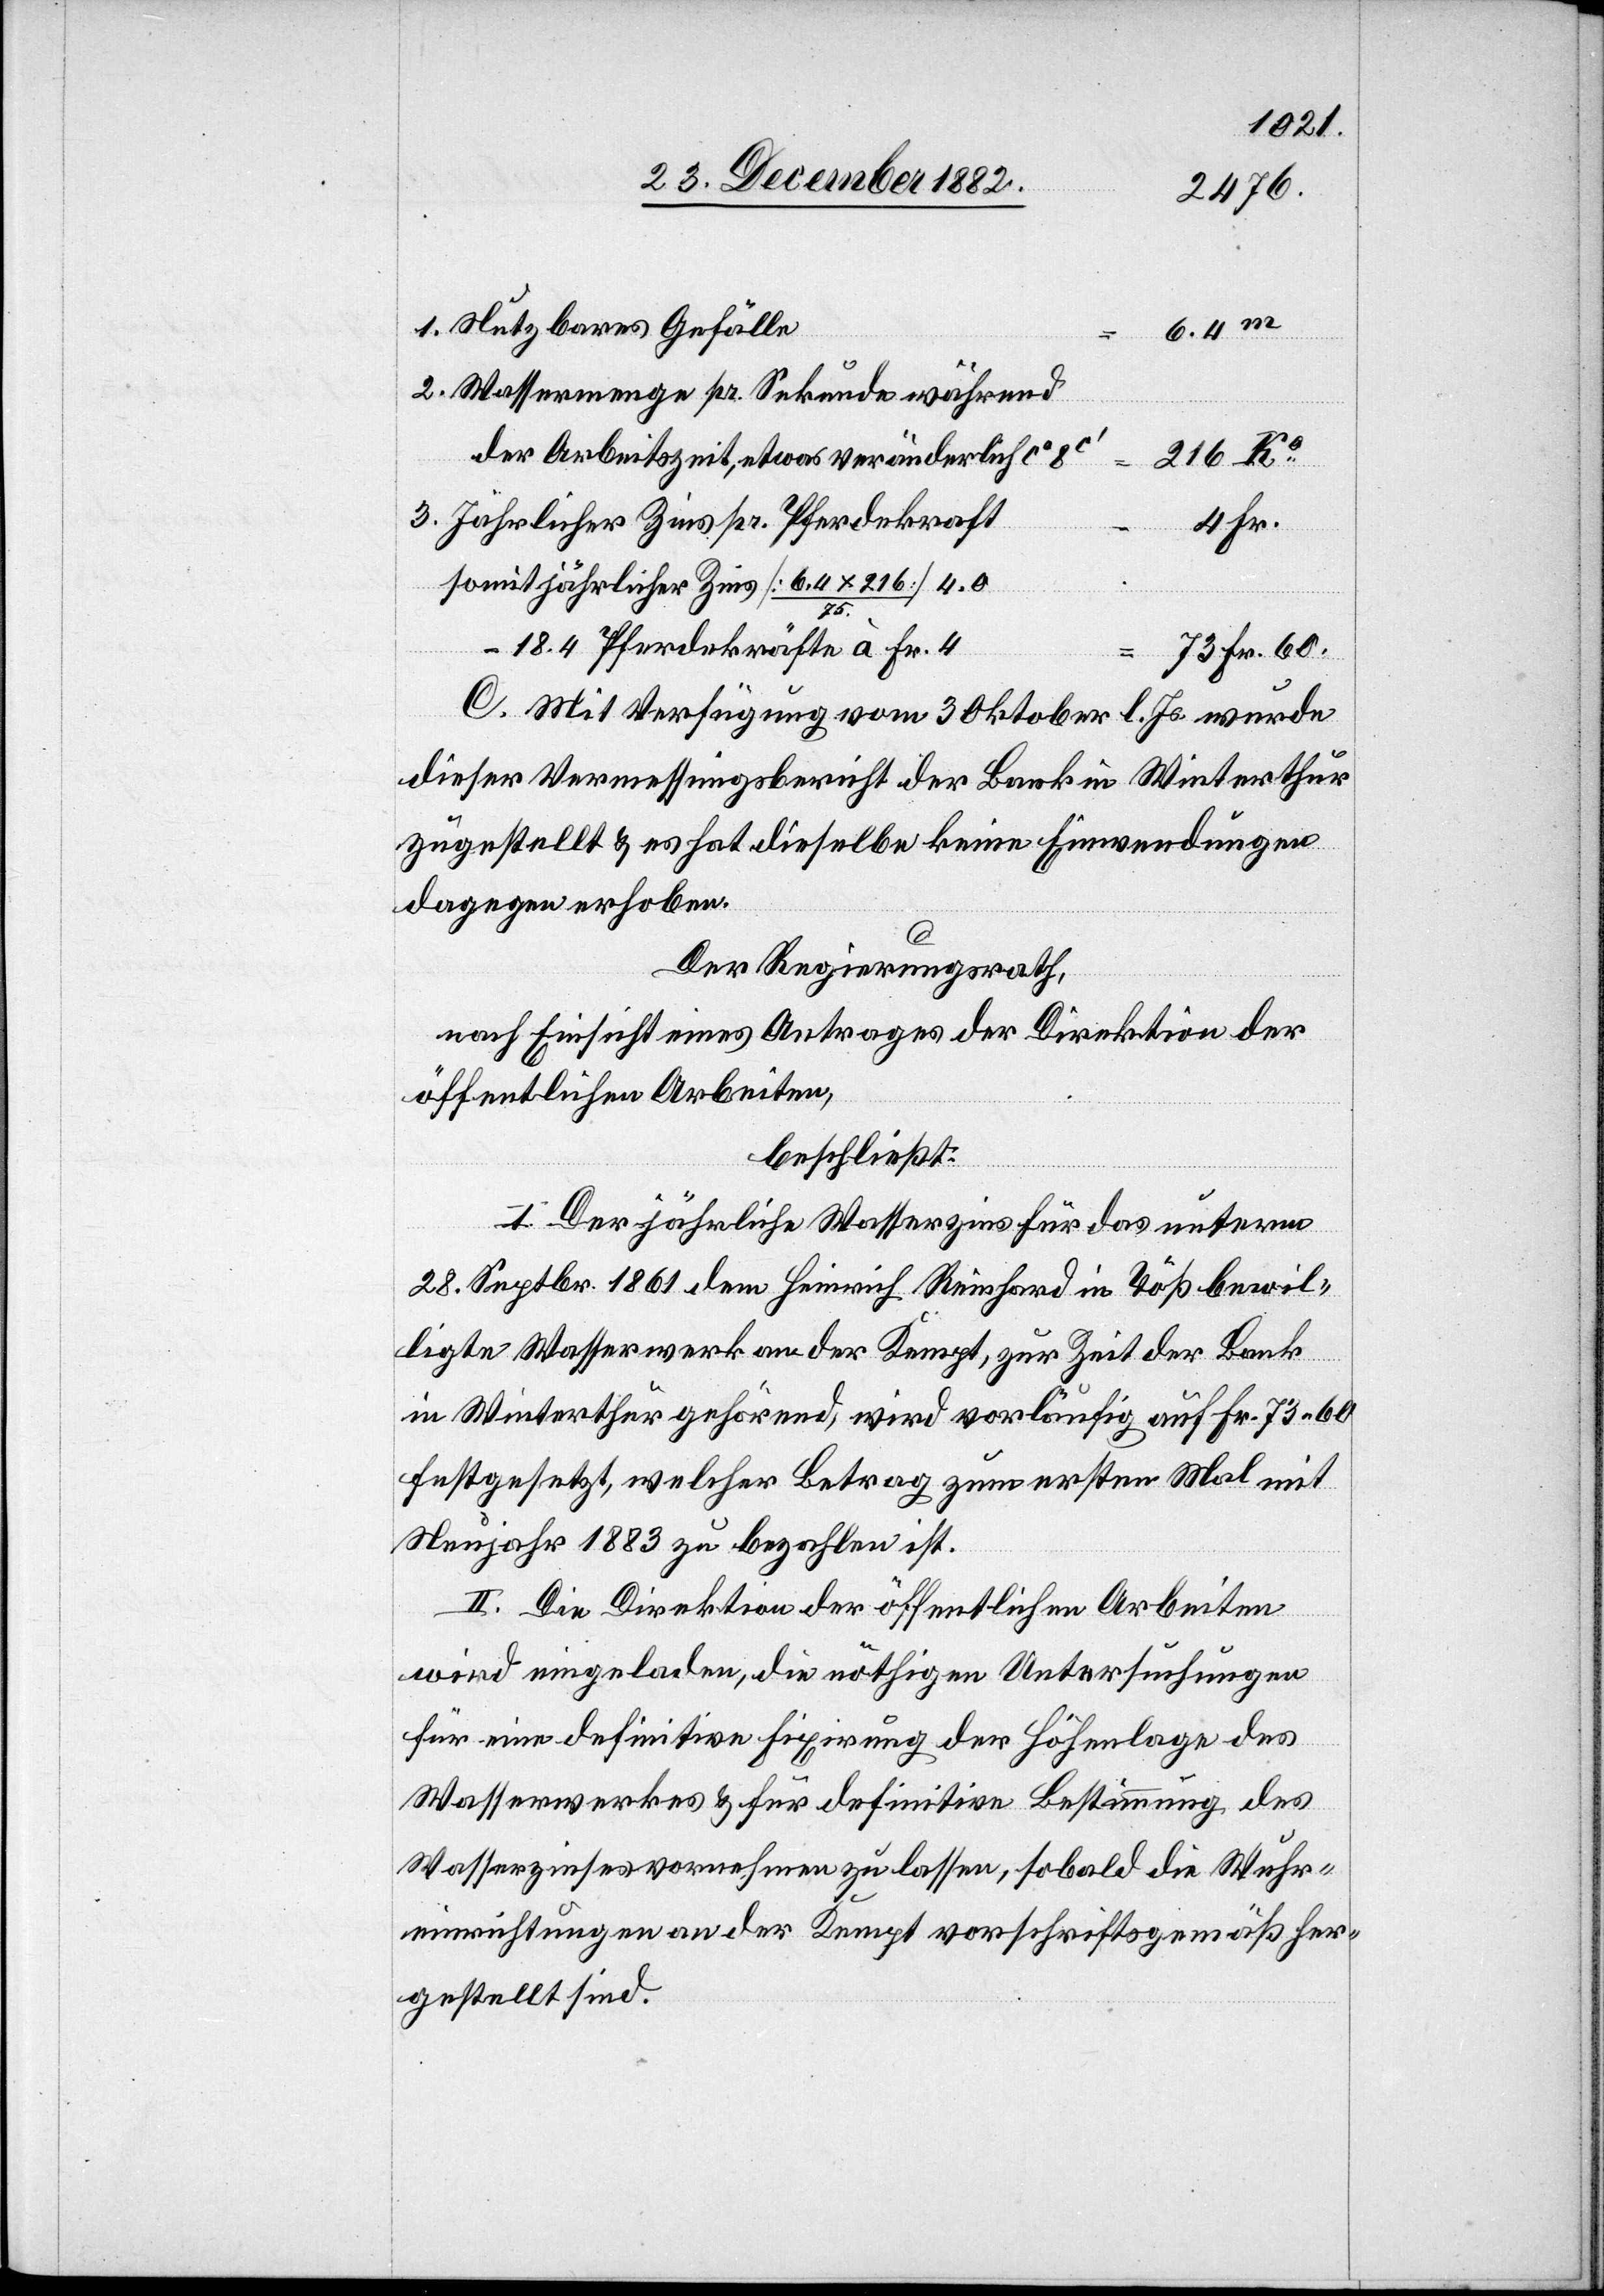
Nutzbares Gefälle
6.4
Wassermenge pr. Sekunde während
der Arbeitszeit, etwas veränderlich ca 8c‘
216
Jährlicher Zins pr. Pferdekraft
Fr.
somit jährlicher Zins [6.4 x 216/75.]
- 18.4 Pferdekräfte à Fr. 4
C. Mit Verfügung vom 30. Oktober l. Js. wurde
dieser Vermessungsbericht der Bank in Winterthur
zugestellt & es hat dieselbe keine Einwendungen
dagegen erhoben.
Der Regierungsrath,
nach Einsicht eines Antrages der Direktion der
öffentlichen Arbeiten,
beschließt:
I. Der jährliche Wasserzins für das unterm
28. Septbr. 1861 dem Heinrich Reinhard in Töß bewil¬
ligte Wasserwerk an der Kempt, zur Zeit der Bank
in Winterthur gehörend, wird vorläufig auf Fr. 73 60
festgesetzt, welcher Betrag zum ersten Mal mit
Neujahr 1883 zu bezahlen ist.
II. Die Direktion der öffentlichen Arbeiten
wird eingeladen, die nöthigen Untersuchungen
für eine definitive Fixirung der Höhenlage des
Wasserwerkes & für definitive Bestimmung des
Wasserzinses vornehmen zu lassen, sobald die Wuhr¬
einrichtungen an der Kempt vorschriftsgemäß her¬
gestellt sind.